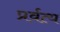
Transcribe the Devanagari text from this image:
प्रर्वत्य